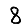
Digit: 8